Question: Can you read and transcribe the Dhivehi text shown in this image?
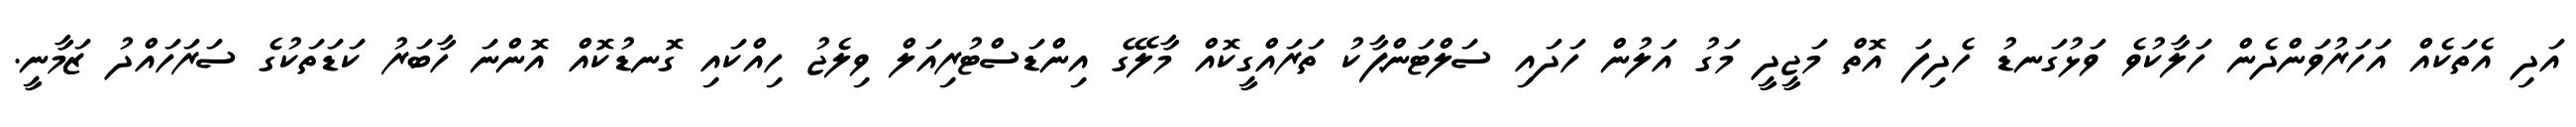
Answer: އަދި އެތަކެއް އަހަރުވަންދެން ހަލާކުވެ ވަޅުގަނޑު ހެދިފަ އޮތް މަޖީދީ މަގު އަލުން ހަދައި ސަލްޓަންޕާކު ތަރައްގީކޮއް މާލޭގެ އިންޑަސްޓުރިއަލް ވިލެޖު ހިއްކައި ގޮނޑުކޮއް އޮންނަ ހާބަރު ކަޑަތަކުގެ ސަރަހައްދު ޒަމާނީ.